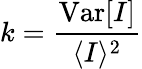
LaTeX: k=\frac{\mathrm{Var}[I]}{\langle I\rangle^{2}}